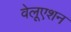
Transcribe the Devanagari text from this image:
वेलूएशन